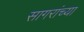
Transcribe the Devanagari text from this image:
सागरांच्या